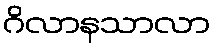
ဂိလာနသာလာ